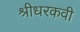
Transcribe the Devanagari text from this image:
श्रीधरकवी